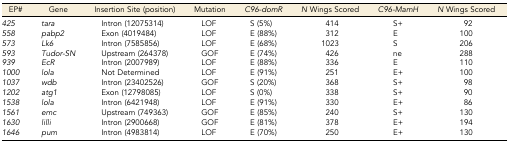
<table><thead><tr><td><b>EP#</b></td><td><b>Gene</b></td><td><b>Insertion Site (position)</b></td><td><b>Mutation</b></td><td><b><i>C96-domR</i></b></td><td><b><i>N</i> Wings Scored</b></td><td><b><i>C96-MamH</i></b></td><td><b><i>N</i> Wings Scored</b></td></tr></thead><tbody><tr><td><i>425</i></td><td><i>tara</i></td><td>Intron (12075314)</td><td>LOF</td><td>S (5%)</td><td>414</td><td>S+</td><td>92</td></tr><tr><td><i>558</i></td><td><i>pabp2</i></td><td>Exon (4019484)</td><td>LOF</td><td>E (88%)</td><td>312</td><td>E</td><td>100</td></tr><tr><td><i>573</i></td><td><i>Lk6</i></td><td>Intron (7585856)</td><td>LOF</td><td>E (68%)</td><td>1023</td><td>S</td><td>206</td></tr><tr><td><i>593</i></td><td><i>Tudor-SN</i></td><td>Upstream (264378)</td><td>GOF</td><td>E (74%)</td><td>426</td><td>ne</td><td>288</td></tr><tr><td><i>939</i></td><td><i>EcR</i></td><td>Intron (2007989)</td><td>LOF</td><td>E (88%)</td><td>336</td><td>E</td><td>110</td></tr><tr><td><i>1000</i></td><td><i>lola</i></td><td>Not Determined</td><td>LOF</td><td>E (91%)</td><td>251</td><td>E+</td><td>100</td></tr><tr><td><i>1037</i></td><td><i>wdb</i></td><td>Intron (23402526)</td><td>GOF</td><td>S (20%)</td><td>368</td><td>S+</td><td>98</td></tr><tr><td><i>1202</i></td><td><i>atg1</i></td><td>Exon (12798085)</td><td>LOF</td><td>S (0%)</td><td>338</td><td>S+</td><td>90</td></tr><tr><td><i>1538</i></td><td><i>lola</i></td><td>Intron (6421948)</td><td>LOF</td><td>E (91%)</td><td>330</td><td>E+</td><td>86</td></tr><tr><td><i>1561</i></td><td><i>emc</i></td><td>Upstream (749363)</td><td>GOF</td><td>E (85%)</td><td>240</td><td>S+</td><td>130</td></tr><tr><td><i>1630</i></td><td><i>lilli</i></td><td>Intron (2900668)</td><td>GOF</td><td>E (81%)</td><td>378</td><td>E+</td><td>194</td></tr><tr><td><i>1646</i></td><td><i>pum</i></td><td>Intron (4983814)</td><td>LOF</td><td>E (70%)</td><td>250</td><td>E+</td><td>130</td></tr></tbody></table>